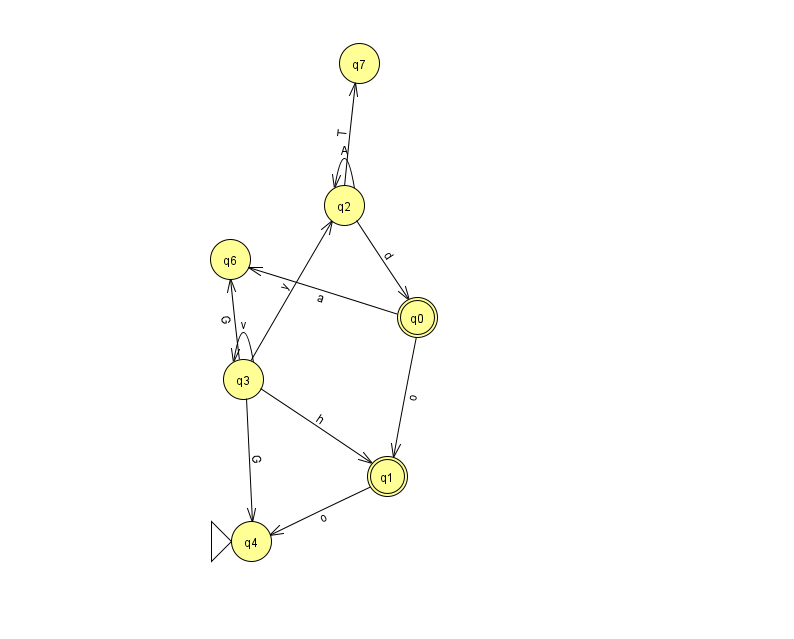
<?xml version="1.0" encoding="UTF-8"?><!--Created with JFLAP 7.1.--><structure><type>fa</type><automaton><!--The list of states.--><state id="0" name="q0"><x>417.0</x><y>304.0</y><final/></state><state id="1" name="q1"><x>387.0</x><y>463.0</y><final/></state><state id="2" name="q2"><x>344.0</x><y>192.0</y></state><state id="3" name="q3"><x>243.0</x><y>366.0</y></state><state id="4" name="q4"><x>251.0</x><y>528.0</y><initial/></state><state id="6" name="q6"><x>230.0</x><y>246.0</y></state><state id="7" name="q7"><x>359.0</x><y>50.0</y></state><!--The list of transitions.--><transition><from>2</from><to>2</to><read>A</read></transition><transition><from>3</from><to>4</to><read>G</read></transition><transition><from>3</from><to>2</to><read>y</read></transition><transition><from>3</from><to>3</to><read>v</read></transition><transition><from>2</from><to>0</to><read>d</read></transition><transition><from>3</from><to>1</to><read>h</read></transition><transition><from>0</from><to>1</to><read>o</read></transition><transition><from>1</from><to>4</to><read>o</read></transition><transition><from>0</from><to>6</to><read>a</read></transition><transition><from>2</from><to>7</to><read>T</read></transition><transition><from>3</from><to>6</to><read>G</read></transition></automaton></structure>